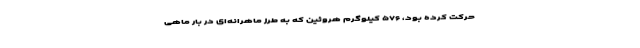
حرکت کرده بود، ۵۷۶ کیلوگرم هروئین که به طرز ماهرانه‌ای در بار ماهی